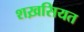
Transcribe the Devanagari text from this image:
शख़सियत